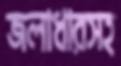
জলাধারসহ